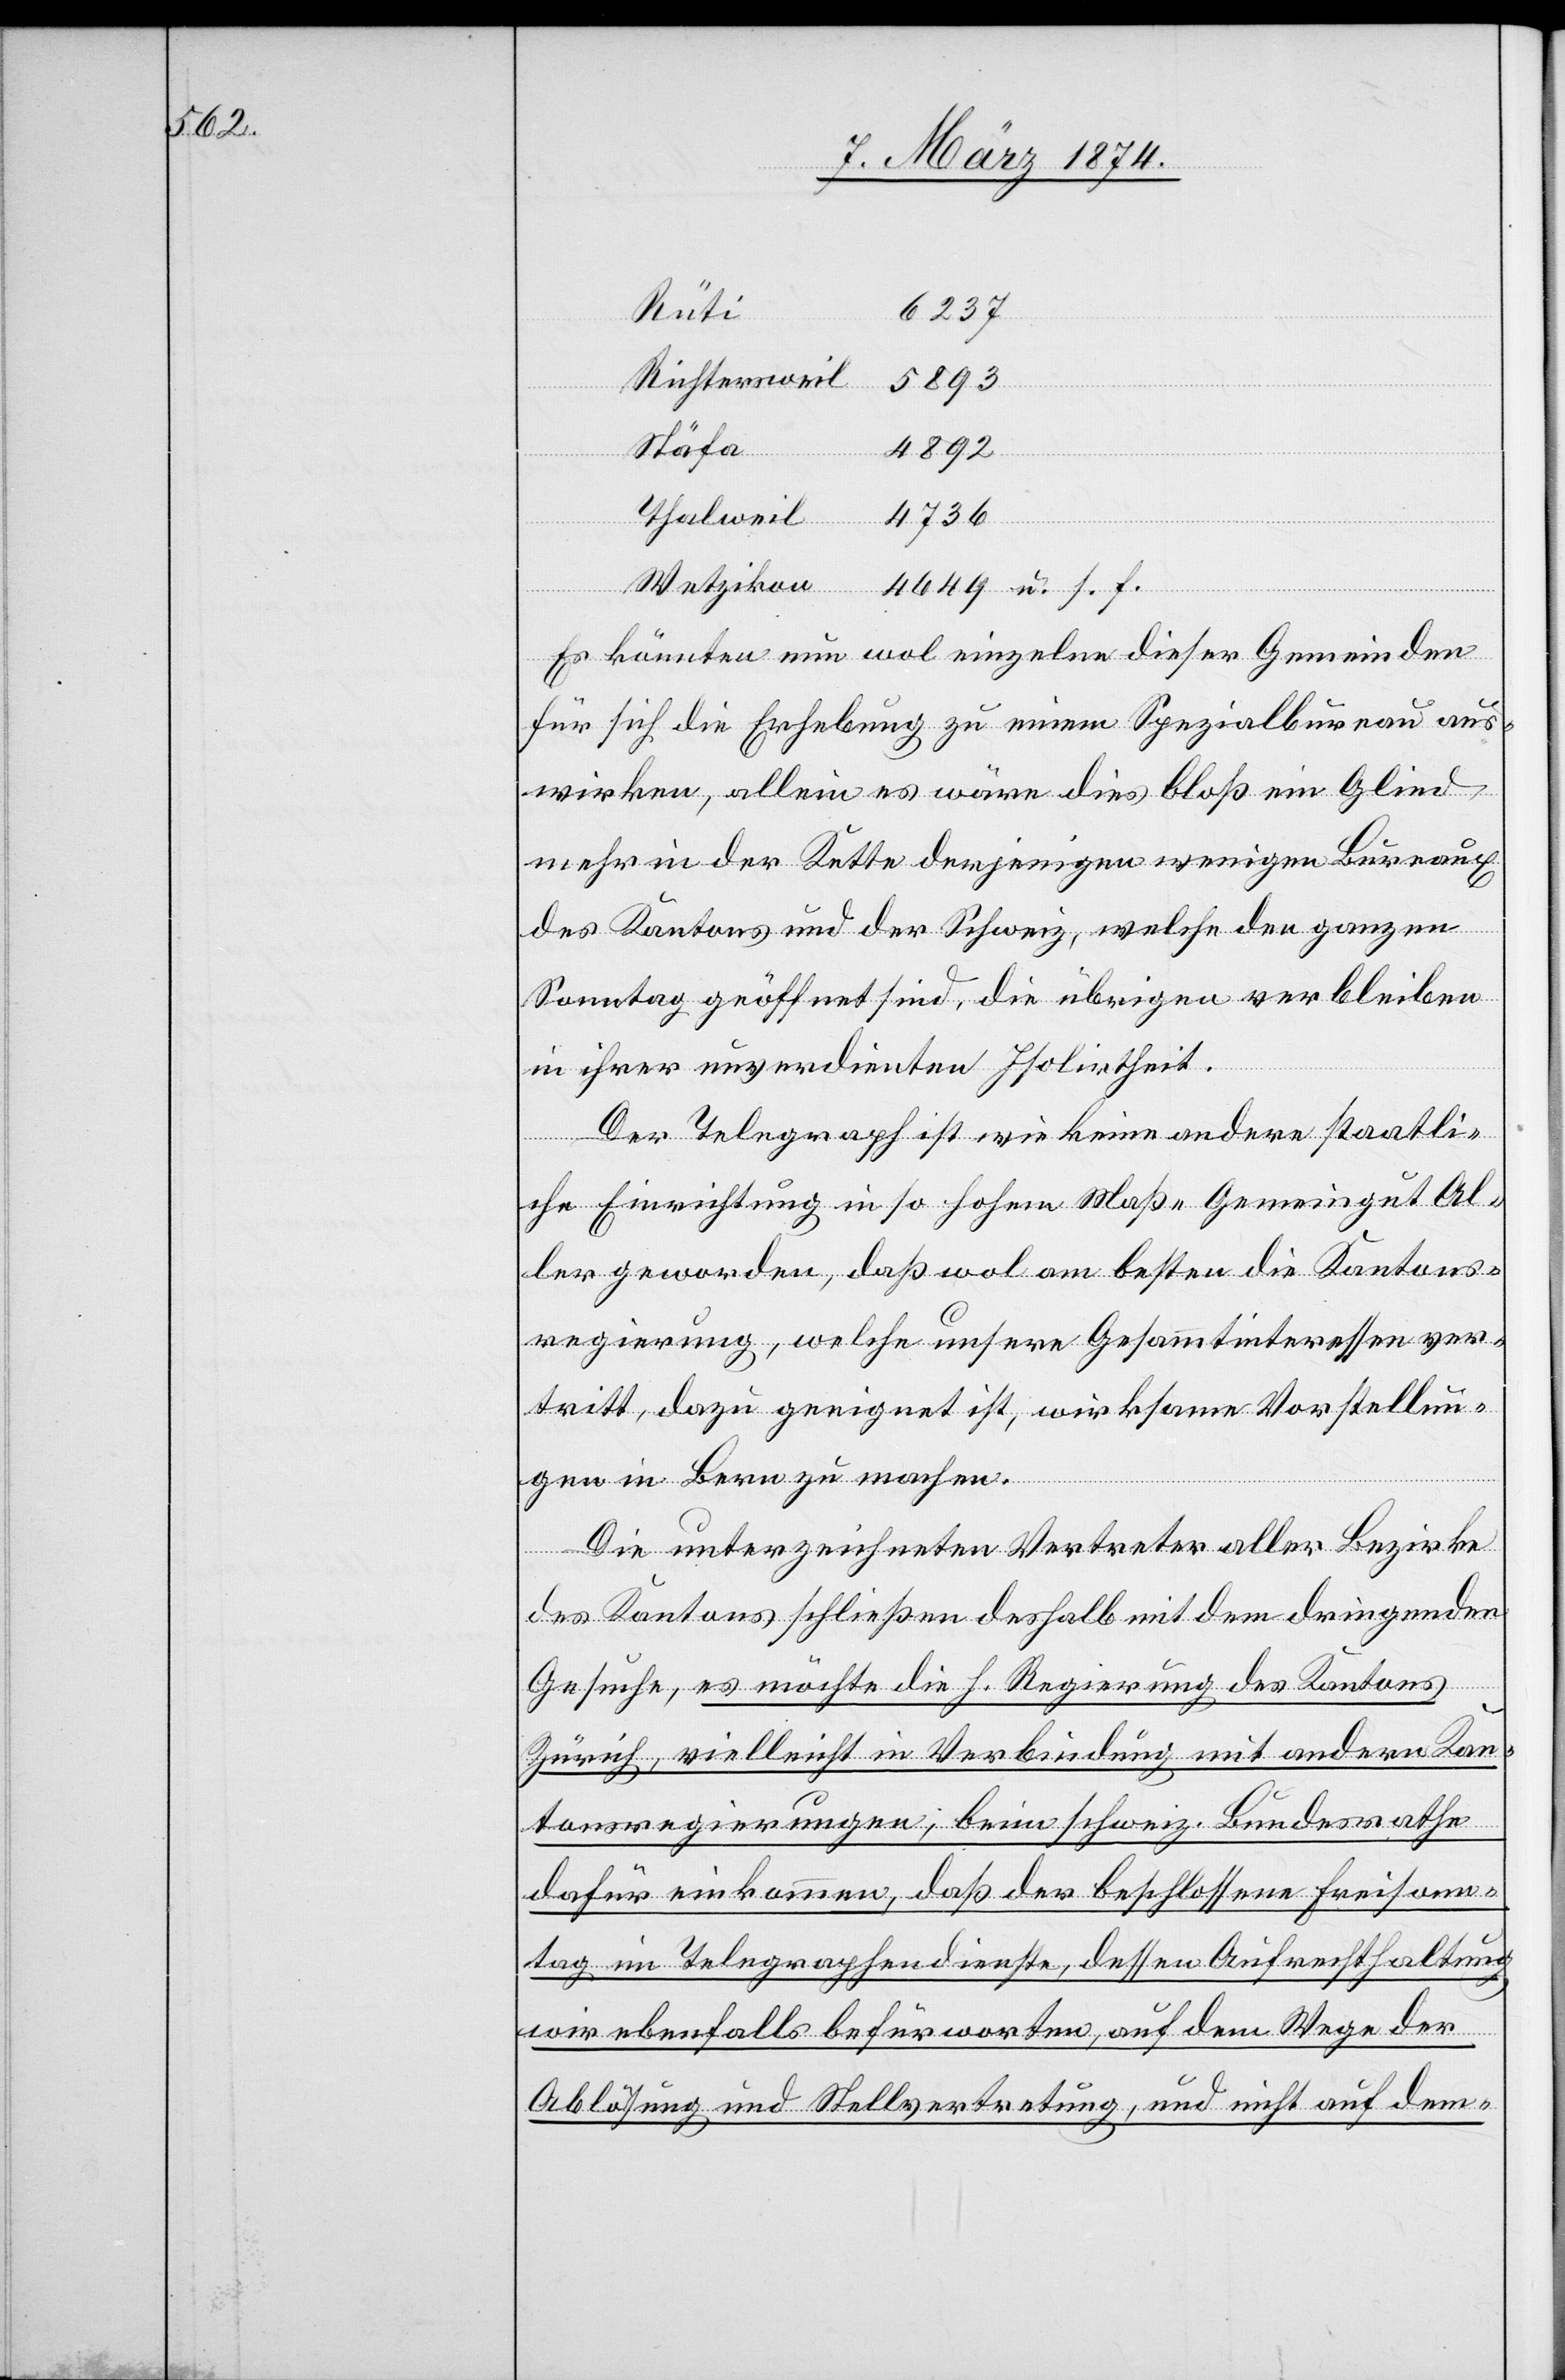
Wetzi¬
6237
Stäfa
Richtersweil
s.
4892
u.
Es könnten nun wol einzelne dieser Gemeinden
für sich die Erhebung zu einem Spezialbureau aus¬
wirken, allein es wäre dies bloß ein Glied
mehr in der Kette derjenigen wenigen Bureaux
des Kantons und der Schweiz, welche den ganzen
Sonntag geöffnet sind, die übrigen verbleiben
in ihrer unverdienten Isolirtheit.
Der Telegraph ist wie keine andere staatli¬
che Einrichtung in so hohem Maße Gemeingut Al¬
ler geworden, daß wol am besten die Kantons¬
regierung, welche unsere Gesammtinteressen ver¬
tritt, dazu geeignet ist, wirksam Vorstellun¬
gen in Bern zu machen.
Die unterzeichneten Vertreter aller Bezirke
des Kantons schließen deshalb mit dem dringenden
Gesuche, es möchte die H. Regierung des Kantons
Zürich, vielleicht in Verbindung mit andern Kan¬
tonsregierungen, beim schweiz. Bundesrathe
dafür einkommen, daß der beschlossene Freisonn¬
tag im Telegraphendienste, dessen Aufrechthaltung
wir ebenfalls befürworten, auf dem Wege der
Ablösung und Stellvertretung, und nicht auf dem